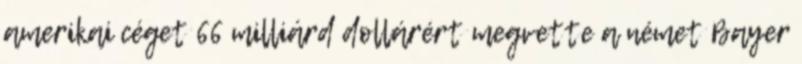
amerikai céget 66 milliárd dollárért megvette a német Bayer